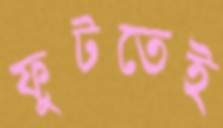
ফুটতেই